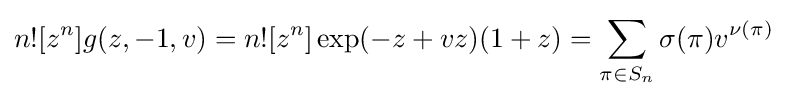
n![z^{n}]g(z,-1,v)=n![z^{n}]\exp(-z+vz)(1+z)=\sum _{\pi \in S_{n}}\sigma (\pi )v^{\nu (\pi )}